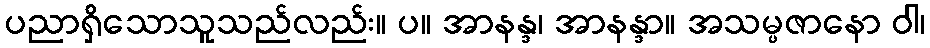
ပညာရှိသောသူသည်လည်း။ ပ။ အာနန္ဒ၊ အာနန္ဒာ။ အသမ္ပဇာနော ဝါ၊